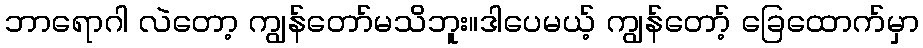
ဘာရောဂါ လဲတော့ ကျွန်တော်မသိဘူး။ဒါပေမယ့် ကျွန်တော့် ခြေထောက်မှာ